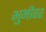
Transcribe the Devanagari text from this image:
भुमीवर